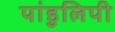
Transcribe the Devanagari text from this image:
पांडुलिपी